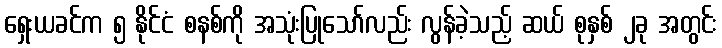
ရှေးယခင်က ၅ နိုင်ငံ စနစ်ကို အသုံးပြုသော်လည်း လွန်ခဲ့သည့် ဆယ် စုနှစ် ၂ခု အတွင်း